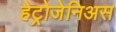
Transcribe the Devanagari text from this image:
हेट्रोजेनिअस